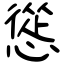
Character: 慫